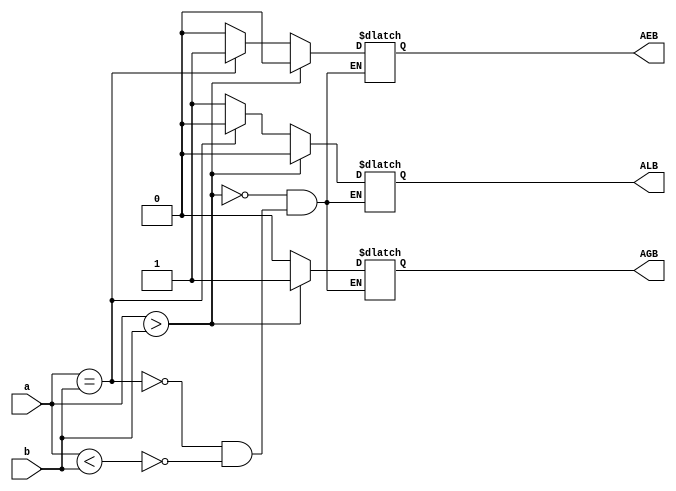
module comparator
  #(parameter  width=2)
  (a,b,ALB,AEB,AGB);
  input [width-1:0]a;
  input [width-1:0]b;
  output reg ALB,AEB,AGB;
  
  always @*
    begin
      if(a<b)
        begin
          ALB=1'b1;
          AEB=1'b0;
          AGB=1'b0;
        end
      if (a==b)
        begin
          ALB=1'b0;
          AEB=1'b1;
          AGB=1'b0;
        end
      if(a>b)
        begin
          ALB=1'b0;
          AEB=1'b0;
          AGB=1'b1;
        end
    end
endmodule